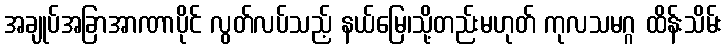
အချုပ်အခြာအာဏာပိုင် လွတ်လပ်သည့် နယ်မြေ၊သို့တည်းမဟုတ် ကုလသမဂ္ဂ ထိန်းသိမ်း